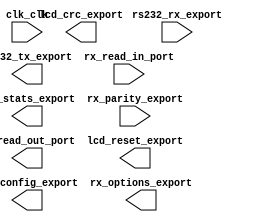

module nios (
	clk_clk,
	lcd_config_export,
	lcd_crc_export,
	lcd_stats_export,
	rs232_rx_export,
	rs232_tx_export,
	rx_options_export,
	rx_parity_export,
	rx_read_in_port,
	rx_read_out_port,
	lcd_reset_export);	

	input		clk_clk;
	output	[1:0]	lcd_config_export;
	output	[31:0]	lcd_crc_export;
	output		lcd_stats_export;
	input	[7:0]	rs232_rx_export;
	output	[7:0]	rs232_tx_export;
	output	[7:0]	rx_options_export;
	input		rx_parity_export;
	input		rx_read_in_port;
	output		rx_read_out_port;
	output		lcd_reset_export;
endmodule